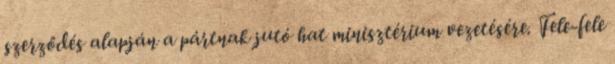
szerződés alapján a pártnak jutó hat minisztérium vezetésére. Fele-fele